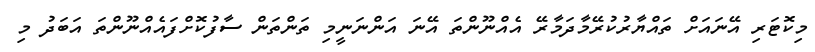
މިކޮޮޓަރި އޭނައަށް ތައްޔާރުކުރޭމާދަމާރޭ އެއްނޫންތަ އޭނަ އަންނަނީމި ތަންތަން ސާފުކޮށްފައެއްނޫންތަ އަބަދު މި